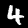
Label: 4